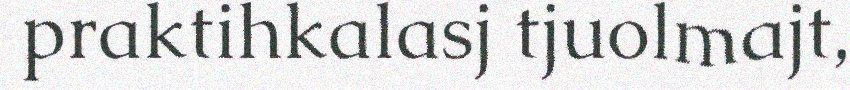
praktihkalasj tjuolmajt,